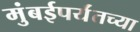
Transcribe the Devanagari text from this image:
मुंबईपर्यंतच्या